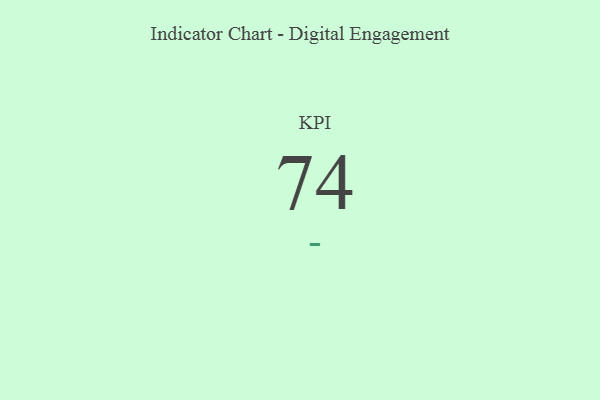
{"axis": {"x": "KPI", "y": "Value"}, "legend": [""], "data": [{"x": "KPI", "y": 74, "type": ""}]}